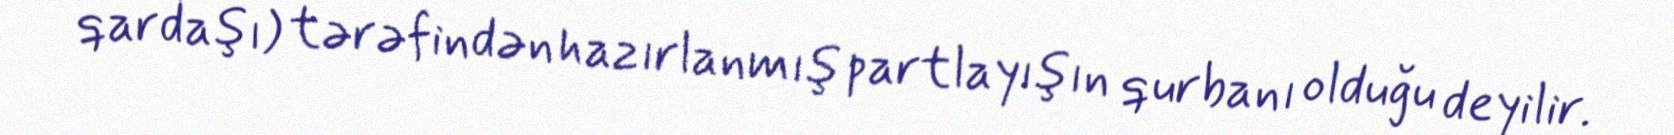
qardaşı) tərəfindən hazırlanmış partlayışın qurbanı olduğu deyilir.